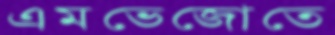
এমভেজোতে